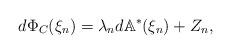
LaTeX: \begin{align*}d\Phi_C(\xi_n) = \lambda_n d\mathbb{A}^*(\xi_n) + Z_n,\end{align*}